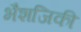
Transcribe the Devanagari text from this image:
भैशजिकी